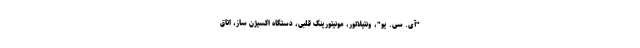
"آی. سی. یو"، ونتیلاتور، مونیتورینگ قلبی، دستگاه اکسیژن ساز، اتاق